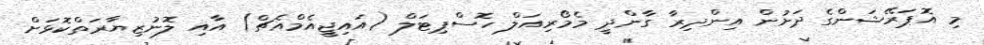
މި އޮޕަރޭޝަންގެ ދަށުން އިންދިރާ ގާންދީ މެމޯރިއަލް ހޮސްޕިޓަލް (އައިޖީއެމްއެޗް) އާއި ލޮނުޒިޔާރަތްކޮޅަށް